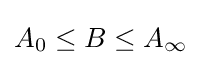
A_{0}\leq B\leq A_{\infty }